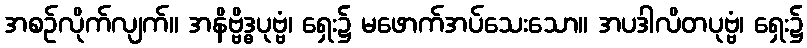
အစဉ်လိုက်လျက်။ အနိဗ္ဗိဒ္ဓပုဗ္ဗံ၊ ရှေး၌ မဖောက်အပ်သေးသော။ အပဒါလိတပုဗ္ဗံ၊ ရှေး၌